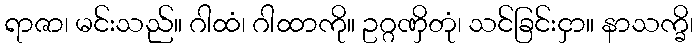
ရာဇာ၊ မင်းသည်။ ဂါထံ၊ ဂါထာကို။ ဥဂ္ဂဏှိတုံ၊ သင်ခြင်းငှာ။ နာသက္ခိ၊